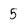
Character: 5